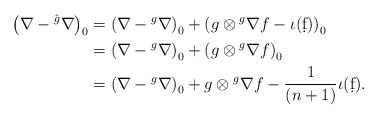
\begin{align*}\left(\nabla-{}^{\hat{g}}\nabla\right)_0&=\left(\nabla-{}^g\nabla\right)_0+\left(g\otimes {}^g\nabla f-\iota(\d f)\right)_0\\&=\left(\nabla-{}^g\nabla\right)_0+\left(g\otimes {}^g\nabla f\right)_0\\&=\left(\nabla-{}^g\nabla\right)_0+g\otimes {}^g\nabla f-\frac{1}{(n+1)}\iota(\d f).\end{align*}